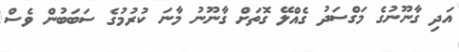
އަދި ގާނޫނުގެ މަގްސަދު ގެއްލޭ ގޮތަށް ގާނޫނު މާނަ ކުރުމުގެ ސަބަބުން ވެސް